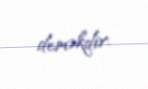
deməkdir.